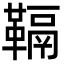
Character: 䩹